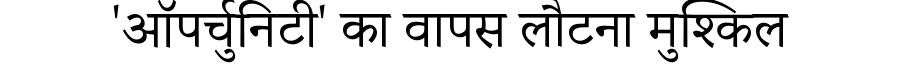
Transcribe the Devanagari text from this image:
'ऑपर्चुनिटी' का वापस लौटना मुश्किल